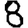
Digit: 8